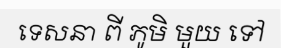
ទេសនា ពី ភូមិ មួយ ទៅ